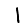
Digit: 1